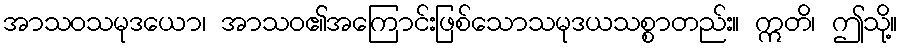
အာသဝသမုဒယော၊ အာသဝ၏အကြောင်းဖြစ်သောသမုဒယသစ္စာတည်း။ ဣတိ၊ ဤသို့။